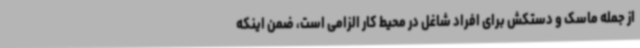
از جمله ماسک و دستکش برای افراد شاغل در محیط کار الزامی است، ضمن اینکه